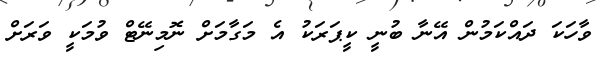
ވާހަކަ ދައްކަމުން އޭނާ ބުނީ ކީޕަރަކު އެ މަގާމަށް ނޮމިނޭޓް ވުމަކީ ވަރަށް